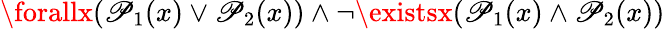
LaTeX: \forallx(\mathscr{P}_{1}(x)\lor\mathscr{P}_{2}(x))\land\lnot\existsx(\mathscr{P}_{1}(x)\land\mathscr{P}_{2}(x))